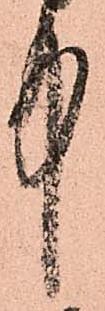
中